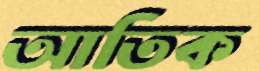
আতিক